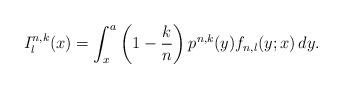
LaTeX: \begin{align*}I_{l}^{n,k}(x)=\int_{x}^{a}\left(1-\frac{k}{n}\right)p^{n,k}(y)f_{n,l}(y;x)\,dy.\end{align*}